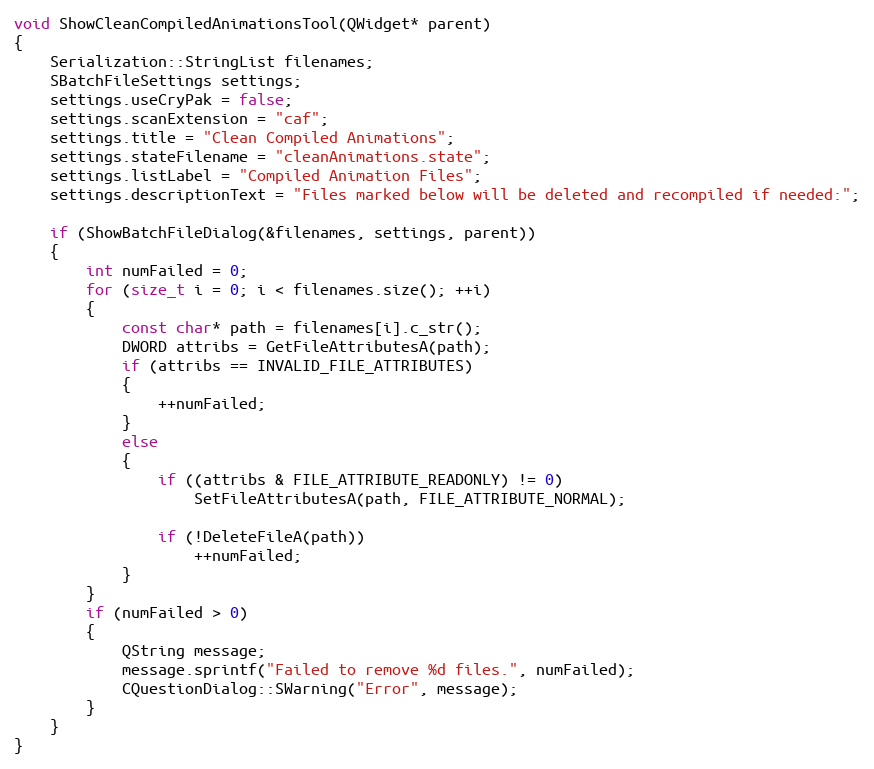
Language: C++
void ShowCleanCompiledAnimationsTool(QWidget* parent)
{
	Serialization::StringList filenames;
	SBatchFileSettings settings;
	settings.useCryPak = false;
	settings.scanExtension = "caf";
	settings.title = "Clean Compiled Animations";
	settings.stateFilename = "cleanAnimations.state";
	settings.listLabel = "Compiled Animation Files";
	settings.descriptionText = "Files marked below will be deleted and recompiled if needed:";

	if (ShowBatchFileDialog(&filenames, settings, parent))
	{
		int numFailed = 0;
		for (size_t i = 0; i < filenames.size(); ++i)
		{
			const char* path = filenames[i].c_str();
			DWORD attribs = GetFileAttributesA(path);
			if (attribs == INVALID_FILE_ATTRIBUTES)
			{
				++numFailed;
			}
			else
			{
				if ((attribs & FILE_ATTRIBUTE_READONLY) != 0)
					SetFileAttributesA(path, FILE_ATTRIBUTE_NORMAL);

				if (!DeleteFileA(path))
					++numFailed;
			}
		}
		if (numFailed > 0)
		{
			QString message;
			message.sprintf("Failed to remove %d files.", numFailed);
			CQuestionDialog::SWarning("Error", message);
		}
	}
}